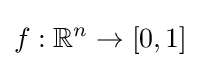
f:\mathbb {R} ^{n}\to [0,1]